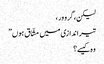
لیکن، گرو ور ،
تیر اندازی میں مشّاق ہوں ”
وہ کیسے؟